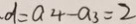
d = a _ { 4 } - a _ { 3 } = 2